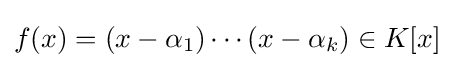
f(x)=(x-\alpha _{1})\cdots (x-\alpha _{k})\in K[x]